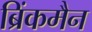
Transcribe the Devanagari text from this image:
ब्रिंकमैन